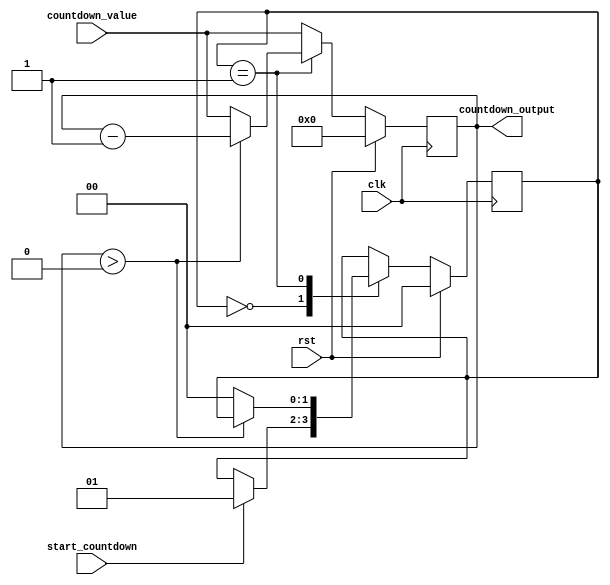
module countdown_timer (
    input wire clk,
    input wire rst,
    input wire start_countdown,
    input wire [7:0] countdown_value,
    output reg [7:0] countdown_output
);

// Define state machine states
parameter IDLE = 2'b00;
parameter COUNTDOWN = 2'b01;

// Define registers
reg [7:0] countdown_reg;

// Define state register
reg [1:0] state;

// Synchronization block for clock domain crossing
always @(posedge clk) begin
    if (rst) begin
        countdown_reg <= 8'd0;
        state <= IDLE;
    end else begin
        countdown_reg <= countdown_value;
        case (state)
            IDLE: begin
                if (start_countdown) begin
                    state <= COUNTDOWN;
                end
            end
            COUNTDOWN: begin
                if (countdown_reg > 8'd0) begin
                    countdown_reg <= countdown_reg - 1;
                end else begin
                    state <= IDLE;
                end
            end
        endcase
    end
end

// Output for countdown value
assign countdown_output = countdown_reg;

endmodule